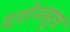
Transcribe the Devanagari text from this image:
दर्शनसूत्र